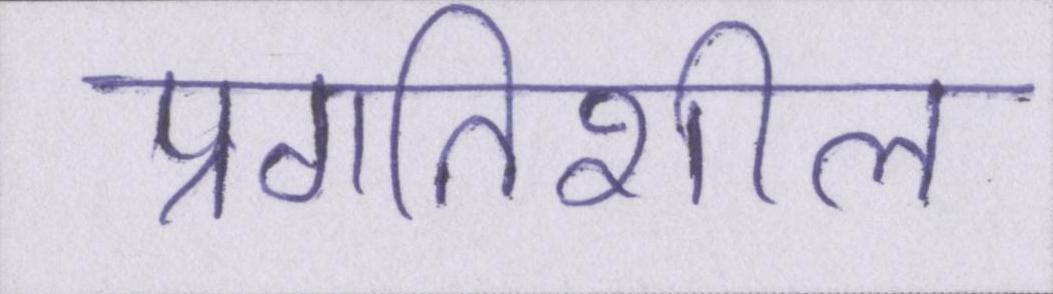
प्रगतिशील